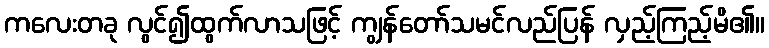
ကလေးတခု လွင်၍ထွက်လာသဖြင့် ကျွန်တော်သမင်လည်ပြန် လှည့်ကြည့်မိ၏။